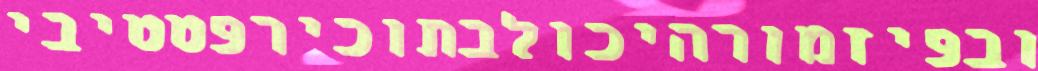
ובפיזמורהיכולבתוכירפטטיבי